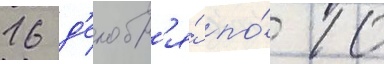
16 д'екабр'я́ по́ 10